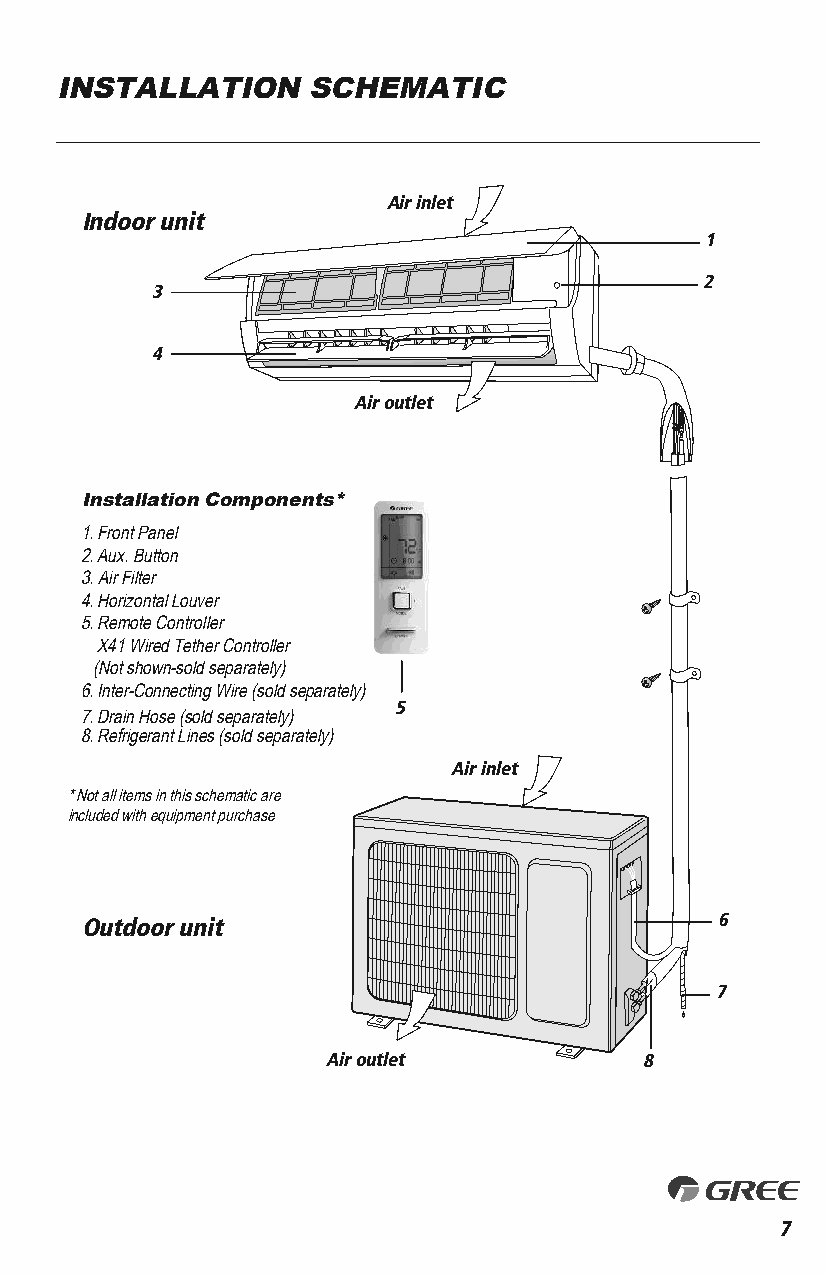
INSTALLATION    SCHEMATIC
 Air inlet
 Indoor unit
 1
 2
 3
 4
 Air outlet
 Installation Components*
 1. Front Panel
 2. Aux. Button
 3. Air Filter
 4. Horizontal Louver
 5. Remote Controller
 X41 Wired Tether Controller
 (Not shown-sold separately)
 6. Inter-Connecting Wire (sold separately)
 5
 7. Drain Hose (sold separately)
 8. Refrigerant Lines (sold separately)
 Air inlet
 * Not all items in this schematic are
 included with equipment purchase
 Outdoor unit                              6
 7
 Air outlet          8
 7